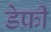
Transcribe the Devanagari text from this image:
डेफ्री